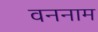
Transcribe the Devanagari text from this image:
वननाम